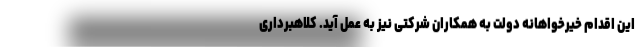
این اقدام خیرخواهانه دولت به همکاران شرکتی نیز به عمل آید. کلاهبرداری